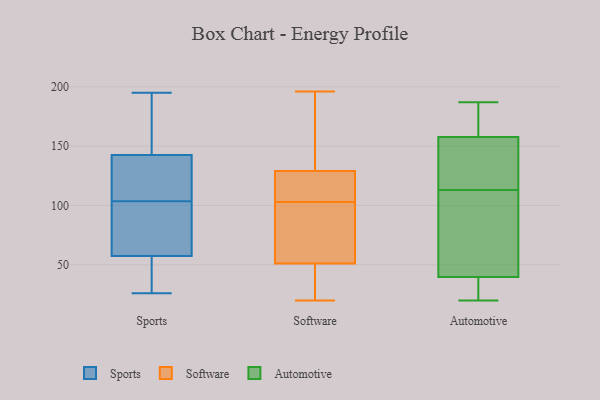
{"axis": {"x": "Temperature (°C)", "y": "Value"}, "legend": ["Automotive", "Software", "Sports"], "data": [{"x": "", "y": 195, "type": "Sports"}, {"x": "", "y": 53, "type": "Sports"}, {"x": "", "y": 101, "type": "Sports"}, {"x": "", "y": 97, "type": "Sports"}, {"x": "", "y": 150, "type": "Sports"}, {"x": "", "y": 62, "type": "Sports"}, {"x": "", "y": 194, "type": "Sports"}, {"x": "", "y": 106, "type": "Sports"}, {"x": "", "y": 26, "type": "Sports"}, {"x": "", "y": 109, "type": "Sports"}, {"x": "", "y": 135, "type": "Sports"}, {"x": "", "y": 39, "type": "Sports"}, {"x": "", "y": 86, "type": "Software"}, {"x": "", "y": 193, "type": "Software"}, {"x": "", "y": 125, "type": "Software"}, {"x": "", "y": 45, "type": "Software"}, {"x": "", "y": 187, "type": "Software"}, {"x": "", "y": 35, "type": "Software"}, {"x": "", "y": 51, "type": "Software"}, {"x": "", "y": 196, "type": "Software"}, {"x": "", "y": 104, "type": "Software"}, {"x": "", "y": 82, "type": "Software"}, {"x": "", "y": 20, "type": "Software"}, {"x": "", "y": 131, "type": "Software"}, {"x": "", "y": 103, "type": "Software"}, {"x": "", "y": 49, "type": "Software"}, {"x": "", "y": 103, "type": "Software"}, {"x": "", "y": 66, "type": "Software"}, {"x": "", "y": 129, "type": "Software"}, {"x": "", "y": 129, "type": "Software"}, {"x": "", "y": 34, "type": "Automotive"}, {"x": "", "y": 168, "type": "Automotive"}, {"x": "", "y": 133, "type": "Automotive"}, {"x": "", "y": 51, "type": "Automotive"}, {"x": "", "y": 51, "type": "Automotive"}, {"x": "", "y": 20, "type": "Automotive"}, {"x": "", "y": 185, "type": "Automotive"}, {"x": "", "y": 113, "type": "Automotive"}, {"x": "", "y": 157, "type": "Automotive"}, {"x": "", "y": 160, "type": "Automotive"}, {"x": "", "y": 22, "type": "Automotive"}, {"x": "", "y": 36, "type": "Automotive"}, {"x": "", "y": 41, "type": "Automotive"}, {"x": "", "y": 92, "type": "Automotive"}, {"x": "", "y": 143, "type": "Automotive"}, {"x": "", "y": 187, "type": "Automotive"}, {"x": "", "y": 140, "type": "Automotive"}]}